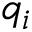
q _ { i }